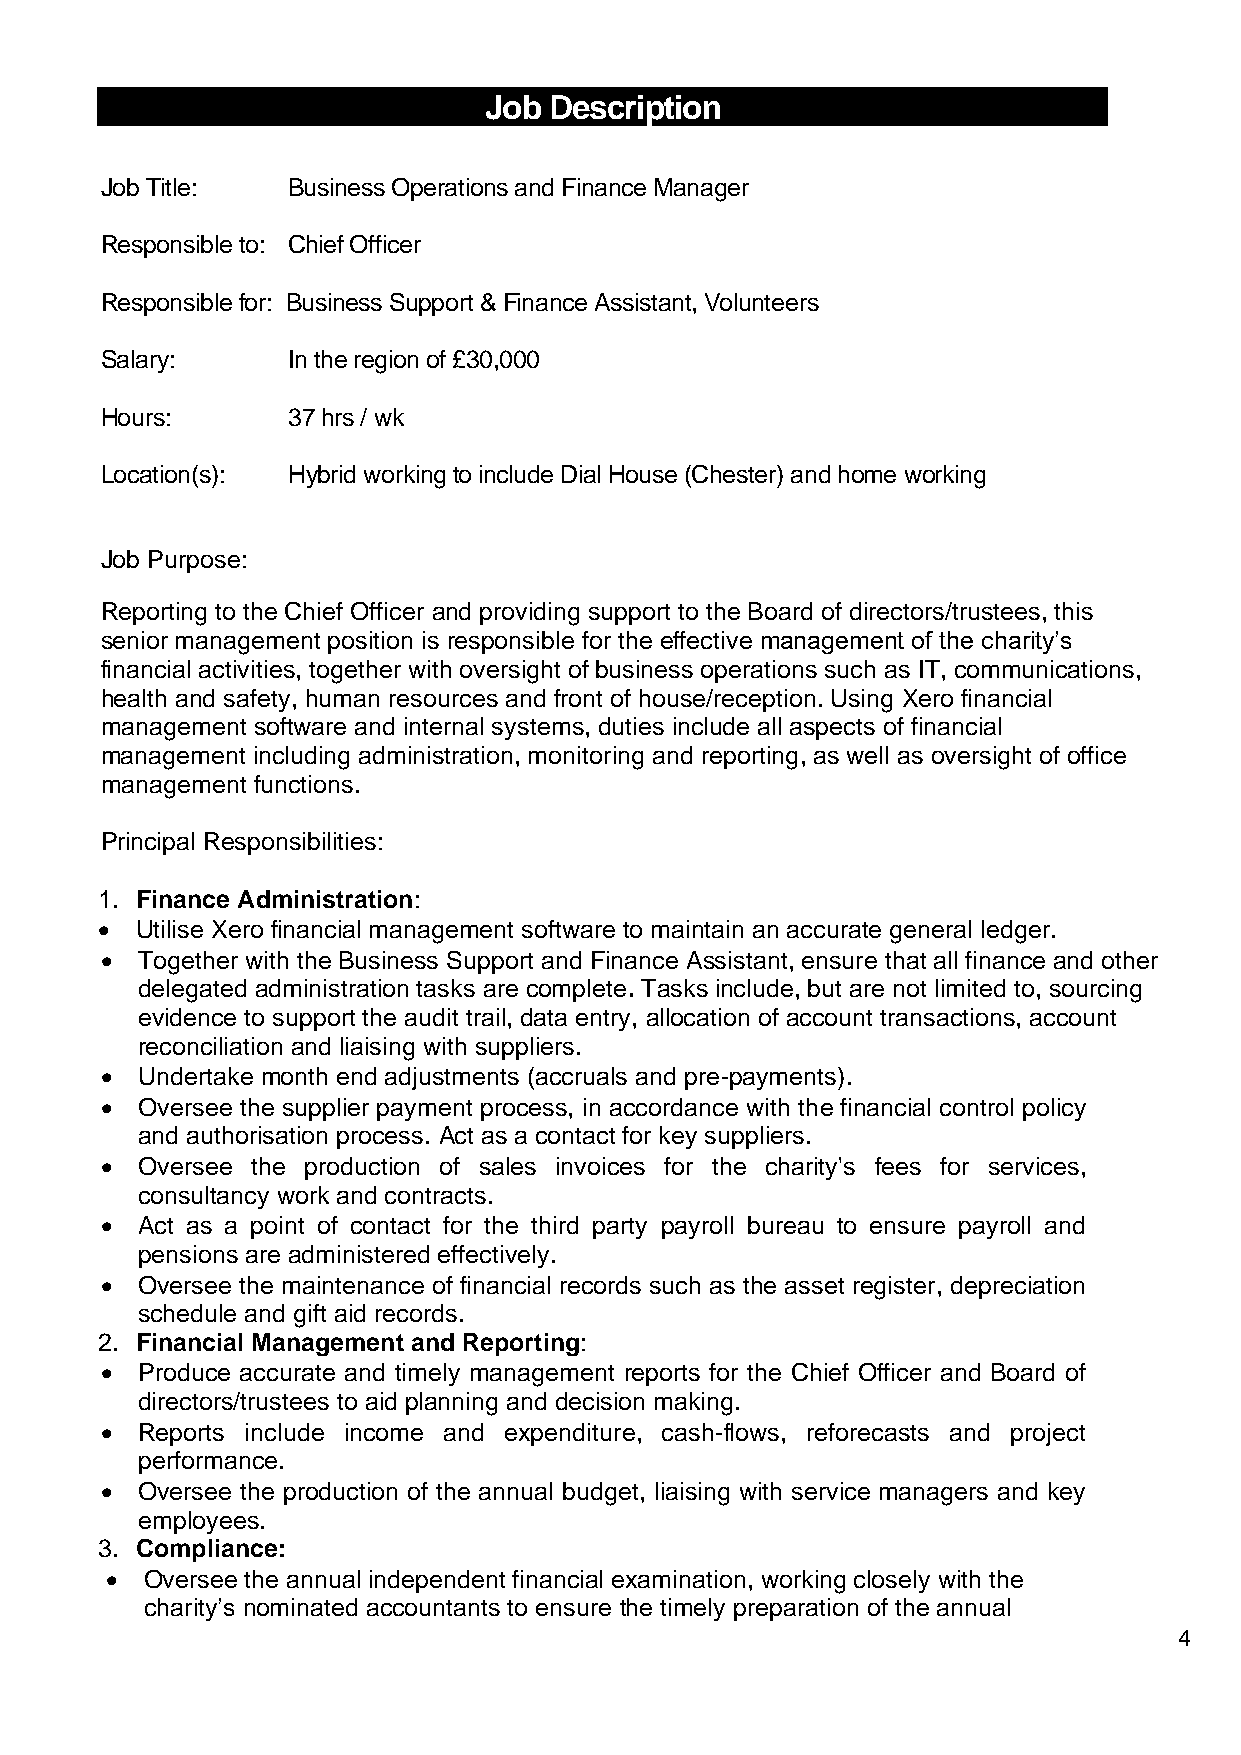
Job Description
 Job Title:  Business Operations and Finance Manager
 Responsible to: Chief Officer
 Responsible for: Business Support & Finance Assistant, Volunteers
 Salary:     In the region of £30,000
 Hours:      37 hrs / wk
 Location(s): Hybrid working to include Dial House (Chester) and home working
 Job Purpose:
 Reporting to the Chief Officer and providing support to the Board of directors/trustees, this
 senior management position is responsible for the effective management of the charity’s
 financial activities, together with oversight of business operations such as IT, communications,
 health and safety, human resources and front of house/reception. Using Xero financial
 management software and internal systems, duties include all aspects of financial
 management including administration, monitoring and reporting, as well as oversight of office
 management functions.
 Principal Responsibilities:
 1. Finance Administration:
 • Utilise Xero financial management software to maintain an accurate general ledger.
 • Together with the Business Support and Finance Assistant, ensure that all finance and other
 delegated administration tasks are complete. Tasks include, but are not limited to, sourcing
 evidence to support the audit trail, data entry, allocation of account transactions, account
 reconciliation and liaising with suppliers.
 • Undertake month end adjustments (accruals and pre-payments).
 • Oversee the supplier payment process, in accordance with the financial control policy
 and authorisation process. Act as a contact for key suppliers.
 • Oversee the production of sales invoices for the charity's fees for services,
 consultancy work and contracts.
 • Act as a point of contact for the third party payroll bureau to ensure payroll and
 pensions are administered effectively.
 • Oversee the maintenance of financial records such as the asset register, depreciation
 schedule and gift aid records.
 2. Financial Management and Reporting:
 • Produce accurate and timely management reports for the Chief Officer and Board of
 directors/trustees to aid planning and decision making.
 • Reports include income and expenditure, cash-flows, reforecasts and project
 performance.
 • Oversee the production of the annual budget, liaising with service managers and key
 employees.
 3. Compliance:
 •  Oversee the annual independent financial examination, working closely with the
 charity’s nominated accountants to ensure the timely preparation of the annual
 4